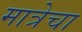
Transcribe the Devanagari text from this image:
मात्रेचा